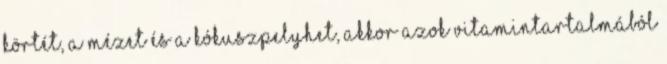
körtét, a mézet és a kókuszpelyhet, akkor azok vitamintartalmából